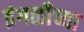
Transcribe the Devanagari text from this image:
इंगळीच्या